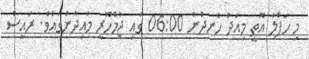
މި ހަފްލާ އޮތީ މިއަދު ހެނދުނު 06:00 ގައި ޖުމްހޫރީ މައިދާނުގައެވެ. ރައީސް